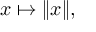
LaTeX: x \mapsto \| x \| ,